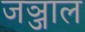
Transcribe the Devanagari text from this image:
जञ्जाल